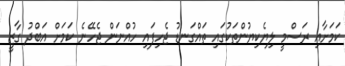
ކަމަށާއި ރަސްމީ ލިޔެކިޔުންތަކުގައި ތައްގަނޑު ޖެހިފައި ހުއްނަން ޖެހޭނެ ކަމަށް އަބްދު ގާޒީ